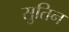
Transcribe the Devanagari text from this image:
सुतिन